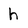
Character: h